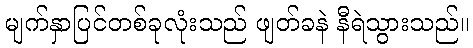
မျက်နှာပြင်တစ်ခုလုံးသည် ဖျတ်ခနဲ နီရဲသွားသည်။